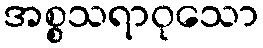
အစ္စသရာဝုသော